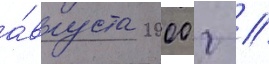
а́вгуста 2000 г //